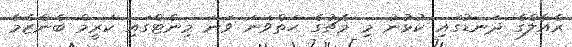
ރެއާލްގެ ދަނޑުގައި ކުޅުނު މި މެޗުގެ ހަތްވަނަ ވަނަ މިނެޓްގައި ކަރީމް ބެންޒެމާ